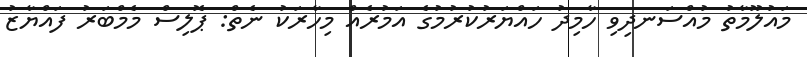
މައުލޫމާތު މުއްސަނދިވި ހާމިދު ހައްޔަރުކުރުމުގެ އަމުރެއް މިހާރަކު ނެތް: ޕޮލިސް މެމްބަރު ފައްޔާޒު